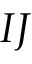
I J